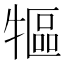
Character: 𤛐